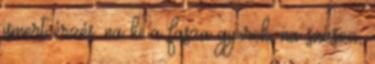
ismert érzés. na ki a fasza gyerek, na szasza,